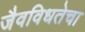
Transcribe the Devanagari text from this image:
जैवविधतेचा